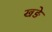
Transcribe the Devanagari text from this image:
खङे